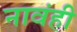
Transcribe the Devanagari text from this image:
नावंही